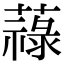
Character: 𦽎